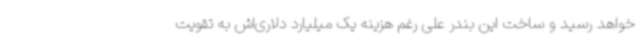
خواهد رسید و ساخت این بندر علی رغم هزینه یک میلیارد دلاری‌اش به تقویت